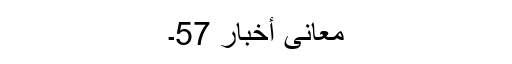
معانی أخبار 57۔